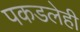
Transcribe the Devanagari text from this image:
पकडलेही